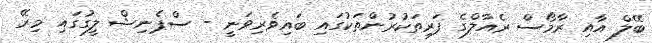
ބޭލް އާއި ރާމޯސް ރެއާލްގެ ފަރިތަކުރުންތަކުގައި ބައިވެރިވަނީ - ސްޕެނިޝް ލީގުގައި މިރޭ